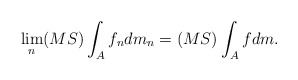
\begin{align*}\lim_n (MS)\int_{A} f_ndm_n = (MS)\int_{A} fdm.\end{align*}